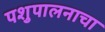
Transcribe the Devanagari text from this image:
पशुपालनाचा